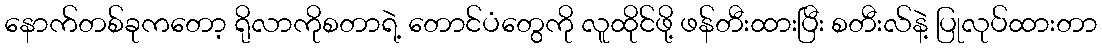
နောက်တစ်ခုကတော့ ရိုလာကိုစတာရဲ့ တောင်ပံတွေကို လူထိုင်ဖို့ ဖန်တီးထားပြီး စတီးလ်နဲ့ ပြုလုပ်ထားတာ